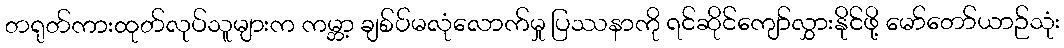
တရုတ်ကားထုတ်လုပ်သူများက ကမ္ဘာ့ ချစ်ပ်မလုံလောက်မှု ပြဿနာကို ရင်ဆိုင်ကျော်လွှားနိုင်ဖို့ မော်တော်ယာဉ်သုံး